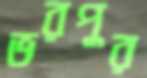
ভরপুর